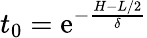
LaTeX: t_{0}=\mathrm{e}^{-\frac{H-L/2}{\delta}}